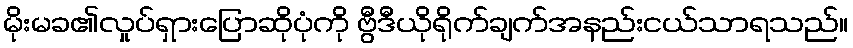
မိုးမခ၏လှုပ်ရှားပြောဆိုပုံကို ဗွီဒီယိုရိုက်ချက်အနည်းငယ်သာရသည်။